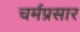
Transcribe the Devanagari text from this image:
चर्मप्रसार